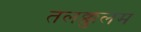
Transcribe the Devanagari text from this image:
तलक्कुलम